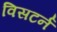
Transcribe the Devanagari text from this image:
विसटर्न